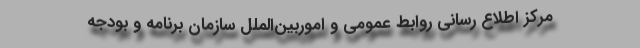
مرکز اطلاع رسانی روابط عمومی و اموربین‌الملل سازمان برنامه و بودجه